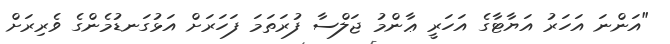
"އަންނަ އަހަރު އަޔާޓާގެ އަހަރީ ޢާންމު ޖަލްސާ ފުރަތަމަ ފަހަރަށް އަޅުގަނޑުމެންގެ ވެރިރަށް